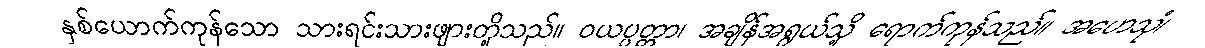
နှစ်ယောက်ကုန်သော သားရင်းသားဖျားတို့သည်။ ဝယပ္ပတ္တာ၊ အချိန်အရွယ်သို့ ရောက်ကုန်သည်။ အဟေသုံ၊